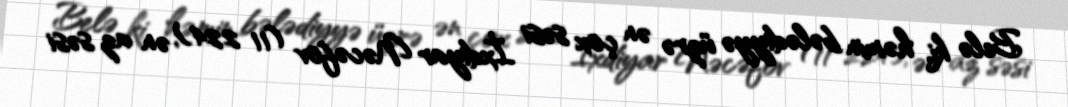
Belə ki, həmin bələdiyyə üzrə ən çox səsi İxdiyar Nəcəfov (11 224), ən az səsi